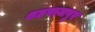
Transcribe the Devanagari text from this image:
शहवाजपुर